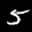
Label: 5